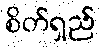
စိတ်ရှည်